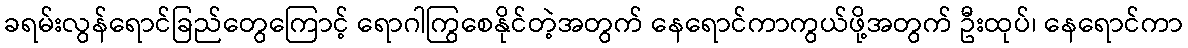
ခရမ်းလွန်ရောင်ခြည်တွေကြောင့် ရောဂါကြွစေနိုင်တဲ့အတွက် နေရောင်ကာကွယ်ဖို့အတွက် ဦးထုပ်၊ နေရောင်ကာ